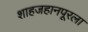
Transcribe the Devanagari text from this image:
शाहजहानपूरला